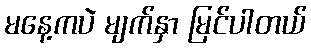
မနေ့ကပဲ မျက်နှာ မြင်ပါတယ်